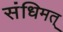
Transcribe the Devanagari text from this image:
संधिमत्